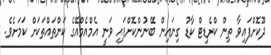
ދޫކޮށްފައިވާ ތިން ކްރެޑިޓް ކާޑު ގިނައިން ބޭނުންކޮށްފައި ވަނީ އެމްއެމްއޭގެ ކަންތައްތަކަށް ކަމަށެވެ.